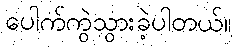
ပေါက်ကွဲသွားခဲ့ပါတယ်။